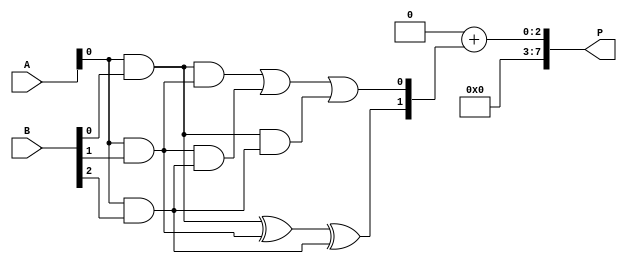
module dadda_multiplier #(parameter A_WIDTH = 4, B_WIDTH = 4) (
    input [A_WIDTH-1:0] A,
    input [B_WIDTH-1:0] B,
    output reg [A_WIDTH + B_WIDTH - 1:0] P
);

    // Partial Product Generation
    wire [A_WIDTH-1:0] pp[B_WIDTH-1:0]; // Partial products storage

    genvar i, j;
    generate
        for (i = 0; i < B_WIDTH; i = i + 1) begin : pp_gen
            for (j = 0; j < A_WIDTH; j = j + 1) begin : pp_bit
                assign pp[i][j] = A[j] & B[i];
            end
        end
    endgenerate

    // Reduction tree (3:2 and 2:2 compressors)
    wire [A_WIDTH + B_WIDTH - 1:0] sum;
    wire [A_WIDTH + B_WIDTH - 1:0] carry;

    // Example of a simple 3:2 compressor
    function [1:0] compressor_3to2(input [2:0] in);
        begin
            compressor_3to2 = {in[2] ^ in[1] ^ in[0], (in[2] & in[1]) | (in[1] & in[0]) | (in[2] & in[0])};
        end
    endfunction

    // Example of a simple 2:2 compressor
    function [1:0] compressor_2to2(input [1:0] in);
        begin
            compressor_2to2 = {in[1] ^ in[0], in[1] & in[0]};
        end
    endfunction

    // Reduction logic (simplified)
    wire [A_WIDTH + B_WIDTH - 1:0] reduced_sum;
    wire [A_WIDTH + B_WIDTH - 1:0] reduced_carry;

    // Stage 1: Combine partial products using compressors
    // This is a simplified example; real implementation would need more stages and careful management of carry bits
    assign {reduced_sum, reduced_carry} = compressor_3to2({pp[0][0], pp[1][0], pp[2][0]}); // Example for first column

    // Final addition (using a simple adder for demonstration)
    always @(*) begin
        P = reduced_sum + reduced_carry; // This should be the final addition stage
    end

endmodule